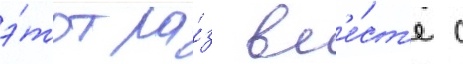
э́тот ра́з вм'е́ст'е с